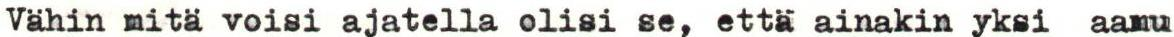
Vähin mitä voisi ajatella olisi se, että ainakin yksi aamu